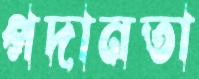
পদানতা